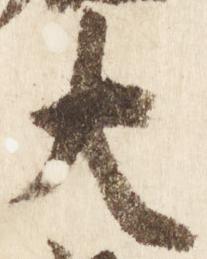
大